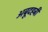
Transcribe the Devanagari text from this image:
अबूदहबी